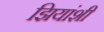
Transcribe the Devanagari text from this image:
झियांशी